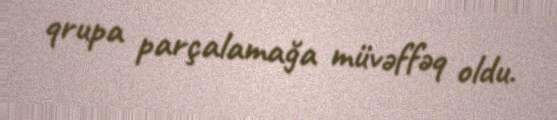
qrupa parçalamağa müvəffəq oldu.